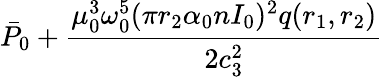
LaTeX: \bar{P}_{0}+\frac{\mu_{0}^{3}\omega_{0}^{5}(\pi r_{2}\alpha_{0}nI_{0})^{2}q(r_{1},r_{2})}{2c_{3}^{2}}